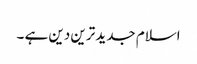
اسلام جدید ترین دین ہے ۔